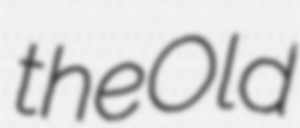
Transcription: the Old